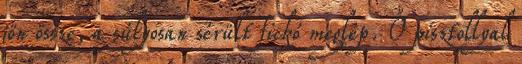
jön össze, a súlyosan sérült fickó meglép. Ő pisztollyal